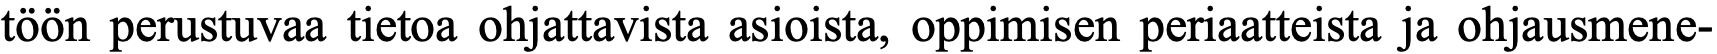
töön perustuvaa tietoa ohjattavista asioista, oppimisen periaatteista ja ohjausmene-